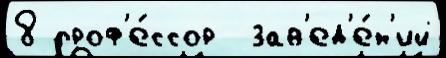
8 проф'е́ссор  зав'ед'е́н'ий